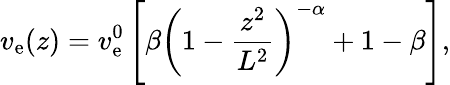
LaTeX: v_{\mathrm{e}}(z)=v_{\mathrm{e}}^{0}\left[\beta\left(1-\frac{z^{2}}{L^{2}}\right)^{-\alpha}+1-\beta\right],